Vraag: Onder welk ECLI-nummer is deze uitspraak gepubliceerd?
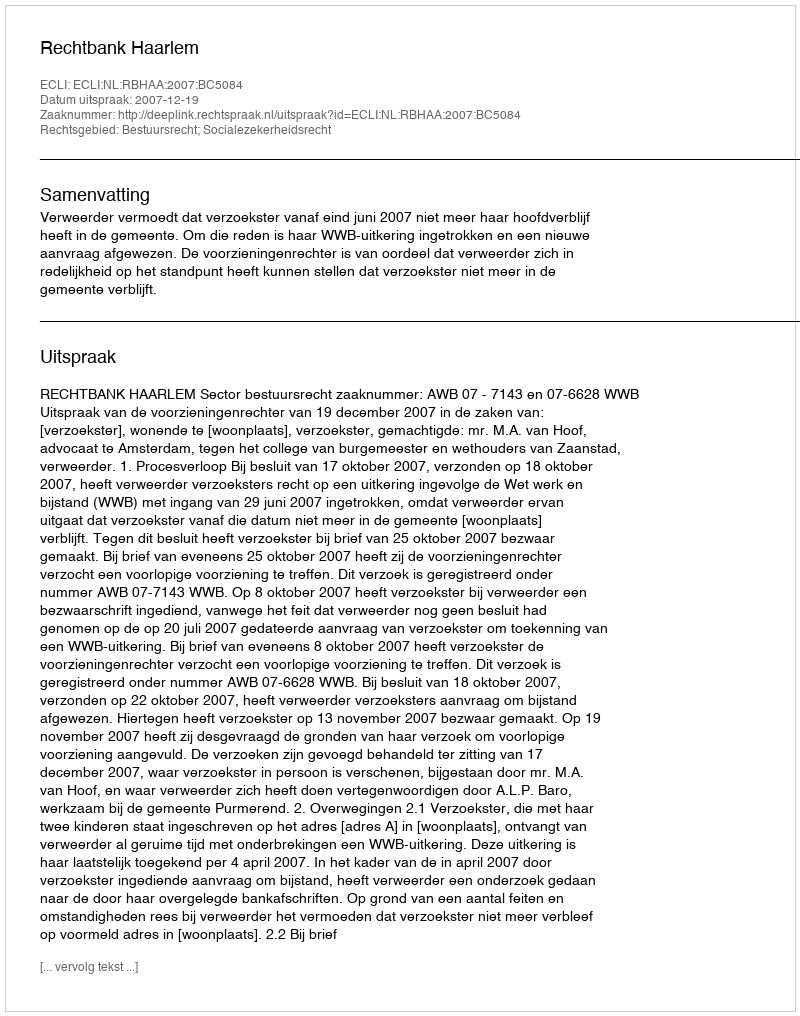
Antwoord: ECLI:NL:RBHAA:2007:BC5084